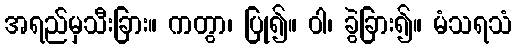
အရည်မှသီးခြား။ ကတွာ၊ ပြု၍။ ဝါ၊ ခွဲခြား၍။ မံသရသံ